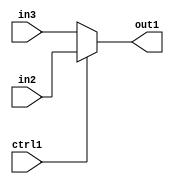
`timescale 1ps / 1ps
/*****************************************************************************
    Verilog RTL Description
    
    
    Created by: Stratus DpOpt 21.05.01 
*******************************************************************************/

module Filter_N_Muxb_1_2_2_4 (
	in3,
	in2,
	ctrl1,
	out1
	); /* architecture "behavioural" */ 
input  in3,
	in2,
	ctrl1;
output  out1;
wire  asc001;

reg [0:0] asc001_tmp_0;
assign asc001 = asc001_tmp_0;
always @ (ctrl1 or in2 or in3) begin
	case (ctrl1)
		1'B1 : asc001_tmp_0 = in2 ;
		default : asc001_tmp_0 = in3 ;
	endcase
end

assign out1 = asc001;
endmodule

/* CADENCE  uLLwTQ8= : u9/ySxbfrwZIxEzHVQQV8Q== ** DO NOT EDIT THIS LINE ******/